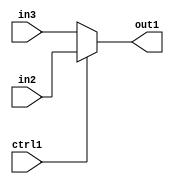
`timescale 1ps / 1ps
/*****************************************************************************
    Verilog RTL Description
    
    
    Created by: Stratus DpOpt 21.05.01 
*******************************************************************************/

module Filter_N_Muxb_1_2_2_4 (
	in3,
	in2,
	ctrl1,
	out1
	); /* architecture "behavioural" */ 
input  in3,
	in2,
	ctrl1;
output  out1;
wire  asc001;

reg [0:0] asc001_tmp_0;
assign asc001 = asc001_tmp_0;
always @ (ctrl1 or in2 or in3) begin
	case (ctrl1)
		1'B1 : asc001_tmp_0 = in2 ;
		default : asc001_tmp_0 = in3 ;
	endcase
end

assign out1 = asc001;
endmodule

/* CADENCE  uLLwTQ8= : u9/ySxbfrwZIxEzHVQQV8Q== ** DO NOT EDIT THIS LINE ******/